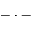
- \cdot -